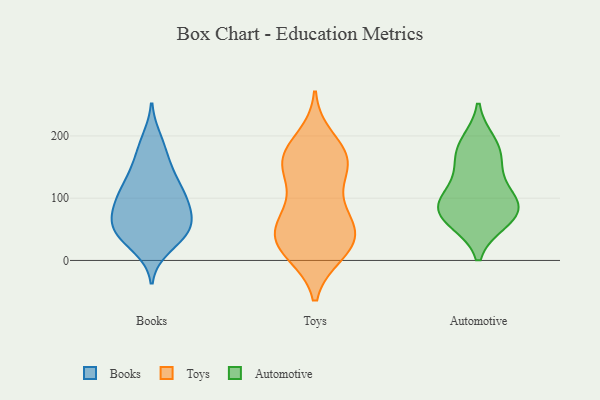
{"axis": {"x": "Headcount", "y": "Value"}, "legend": ["Automotive", "Books", "Toys"], "data": [{"x": "", "y": 101, "type": "Books"}, {"x": "", "y": 43, "type": "Books"}, {"x": "", "y": 105, "type": "Books"}, {"x": "", "y": 33, "type": "Books"}, {"x": "", "y": 194, "type": "Books"}, {"x": "", "y": 143, "type": "Books"}, {"x": "", "y": 156, "type": "Books"}, {"x": "", "y": 40, "type": "Books"}, {"x": "", "y": 49, "type": "Books"}, {"x": "", "y": 62, "type": "Books"}, {"x": "", "y": 101, "type": "Books"}, {"x": "", "y": 70, "type": "Books"}, {"x": "", "y": 54, "type": "Books"}, {"x": "", "y": 111, "type": "Books"}, {"x": "", "y": 101, "type": "Books"}, {"x": "", "y": 77, "type": "Books"}, {"x": "", "y": 183, "type": "Books"}, {"x": "", "y": 21, "type": "Books"}, {"x": "", "y": 62, "type": "Books"}, {"x": "", "y": 136, "type": "Books"}, {"x": "", "y": 12, "type": "Toys"}, {"x": "", "y": 107, "type": "Toys"}, {"x": "", "y": 195, "type": "Toys"}, {"x": "", "y": 162, "type": "Toys"}, {"x": "", "y": 169, "type": "Toys"}, {"x": "", "y": 158, "type": "Toys"}, {"x": "", "y": 163, "type": "Toys"}, {"x": "", "y": 147, "type": "Toys"}, {"x": "", "y": 55, "type": "Toys"}, {"x": "", "y": 44, "type": "Toys"}, {"x": "", "y": 17, "type": "Toys"}, {"x": "", "y": 158, "type": "Toys"}, {"x": "", "y": 47, "type": "Toys"}, {"x": "", "y": 65, "type": "Toys"}, {"x": "", "y": 41, "type": "Toys"}, {"x": "", "y": 26, "type": "Toys"}, {"x": "", "y": 15, "type": "Toys"}, {"x": "", "y": 84, "type": "Toys"}, {"x": "", "y": 177, "type": "Automotive"}, {"x": "", "y": 161, "type": "Automotive"}, {"x": "", "y": 129, "type": "Automotive"}, {"x": "", "y": 94, "type": "Automotive"}, {"x": "", "y": 83, "type": "Automotive"}, {"x": "", "y": 63, "type": "Automotive"}, {"x": "", "y": 189, "type": "Automotive"}, {"x": "", "y": 64, "type": "Automotive"}, {"x": "", "y": 83, "type": "Automotive"}, {"x": "", "y": 94, "type": "Automotive"}]}